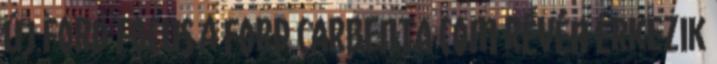
új Ford Focus a FORD CARBENTA COM révén érkezik